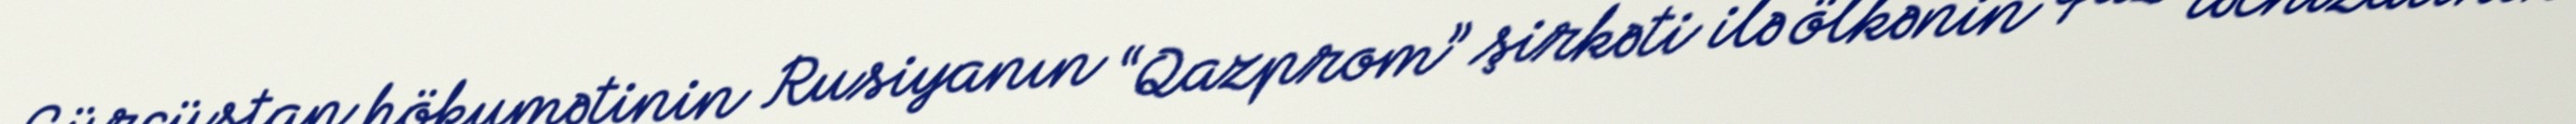
Gürcüstan hökumətinin Rusiyanın “Qazprom” şirkəti ilə ölkənin qaz təchizatının